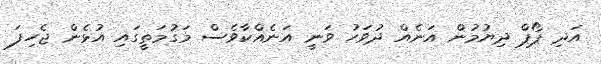
އަދި ޕޯޕް ދިޔުމުން އަނެއް ދުވަހު ވަނީ އަނެއްކާވެސް މަގުމަތީގައި އުޅެން ޖެހިފަ